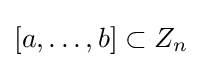
[a,\ldots ,b]\subset Z_{n}